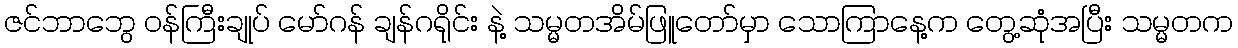
ဇင်ဘာဘွေ ဝန်ကြီးချုပ် မော်ဂန် ချန်ဂရိုင်း နဲ့ သမ္မတအိမ်ဖြူတော်မှာ သောကြာနေ့က တွေ့ဆုံအပြီး သမ္မတက